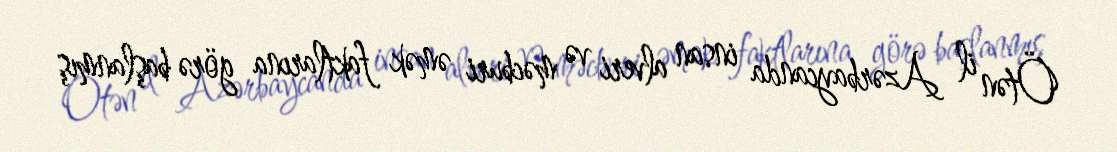
Ötən il Azərbaycanda insan alveri və məcburi əmək faktlarına görə başlanmış